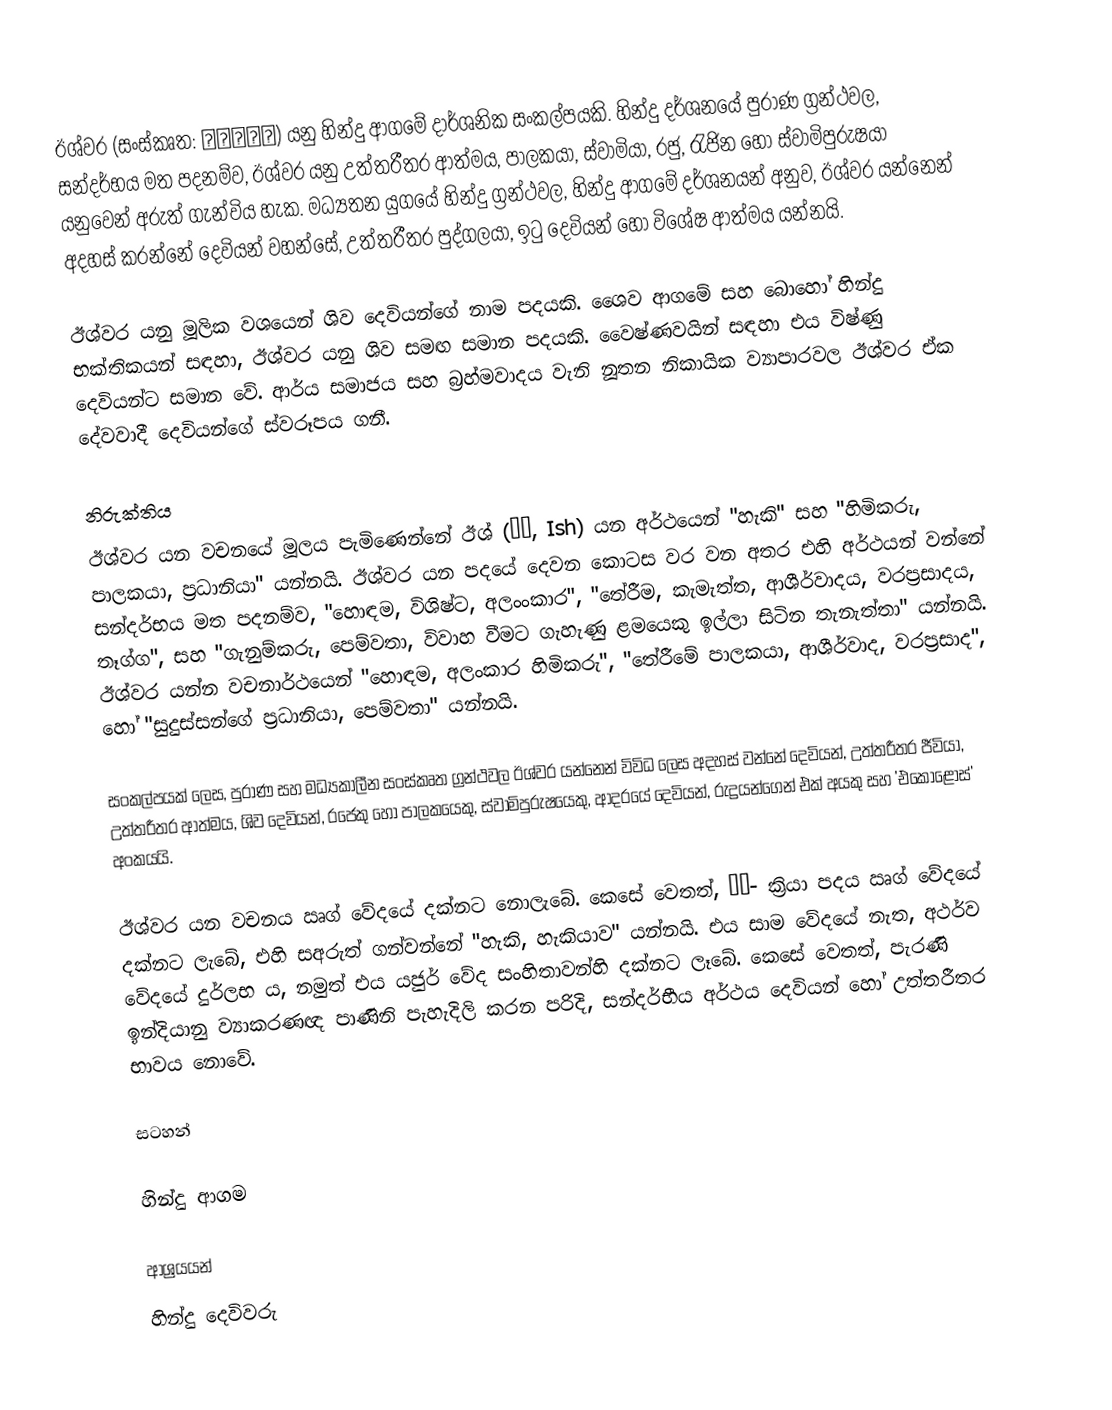
ඊශ්වර (සංස්කෘත: ईश्वर) යනු හින්දු ආගමේ දාර්ශනික සංකල්පයකි. හින්දු දර්ශනයේ පුරාණ ග්‍රන්ථවල, සන්දර්භය මත පදනම්ව, ඊශ්වර යනු උත්තරීතර ආත්මය, පාලකයා, ස්වාමියා, රජු, රැජින හෝ ස්වාමිපුරුෂයා යනුවෙන් අරුත් ගැන්විය හැක. මධ්‍යතන යුගයේ හින්දු ග්‍රන්ථවල, හින්දු ආගමේ දර්ශනයන් අනුව, ඊශ්වර යන්නෙන් අදහස් කරන්නේ දෙවියන් වහන්සේ, උත්තරීතර පුද්ගලයා, ඉටු දෙවියන් හෝ විශේෂ ආත්මය යන්නයි.

ඊශ්වර යනු මූලික වශයෙන් ශිව දෙවියන්ගේ නාම පදයකි. ශෛව ආගමේ සහ බොහෝ හින්දු භක්තිකයන් සඳහා, ඊශ්වර යනු ශිව සමඟ සමාන පදයකි.  වෛෂ්ණවයින් සඳහා එය විෂ්ණු දෙවියන්ට සමාන වේ. ආර්ය සමාජය සහ බ්‍රහ්මවාදය වැනි නූතන නිකායික ව්‍යාපාරවල ඊශ්වර ඒක දේවවාදී දෙවියන්ගේ ස්වරූපය ගනී.

නිරුක්තිය
ඊශ්වර යන වචනයේ මූලය පැමිණෙන්නේ ඊශ් (ईश, Ish) යන අර්ථයෙන් "හැකි" සහ "හිමිකරු, පාලකයා, ප්‍රධානියා" යන්නයි. ඊශ්වර යන පදයේ දෙවන කොටස වර වන අතර එහි අර්ථයන් වන්නේ සන්දර්භය මත පදනම්ව, "හොඳම, විශිෂ්ට, අලංංකාර", "තේරීම, කැමැත්ත, ආශීර්වාදය, වරප්‍රසාදය, තෑග්ග", සහ "ගැනුම්කරු, පෙම්වතා, විවාහ වීමට ගැහැණු ළමයෙකු ඉල්ලා සිටින තැනැත්තා" යන්නයි. ඊශ්වර යන්න වචනාර්ථයෙන් "හොඳම, අලංකාර හිමිකරු", "තේරීමේ පාලකයා, ආශීර්වාද, වරප්‍රසාද", හෝ "සුදුස්සන්ගේ ප්‍රධානියා, පෙම්වතා" යන්නයි.

සංකල්පයක් ලෙස, පුරාණ සහ මධ්‍යකාලීන සංස්කෘත ග්‍රන්ථවල ඊශ්වර යන්නෙන් විවිධ ලෙස අදහස් වන්නේ දෙවියන්, උත්තරීතර ජීවියා, උත්තරීතර ආත්මය, ශිව දෙවියන්, රජෙකු හෝ පාලකයෙකු, ස්වාමිපුරුෂයෙකු, ආදරයේ දෙවියන්, රුද්‍රයන්ගෙන් එක් අයකු සහ 'එකොළොස්' අංකයයි.

ඊශ්වර යන වචනය ඍග් වේදයේ දක්නට නොලැබේ. කෙසේ වෙතත්, īś- ක්‍රියා පදය ඍග් වේදයේ දක්නට ලැබේ, එහි සඅරුත් ගන්වන්නේ  "හැකි, හැකියාව" යන්නයි. එය සාම වේදයේ නැත, අථර්ව වේදයේ දුර්ලභ ය, නමුත් එය යජුර් වේද සංහිතාවන්හි දක්නට ලෑබේ. කෙසේ වෙතත්, පැරණි ඉන්දියානු ව්‍යාකරණඥ පාණිනි පැහැදිලි කරන පරිදි, සන්දර්භීය අර්ථය දෙවියන් හෝ උත්තරීතර භාවය නොවේ.

සටහන්

හින්දු ආගම

ආශ්‍රයයන්
හින්දු දෙවිවරු